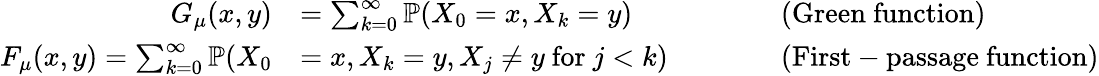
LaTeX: \begin{array}{rlrl}{G_{\mu}(x,y)}&{=\sum_{k=0}^{\infty}\mathbb{P}(X_{0}=x,X_{k}=y)}&{\qquad}&{\mathrm{(Green~function)}}\\ {F_{\mu}(x,y)=\sum_{k=0}^{\infty}\mathbb{P}(X_{0}}&{=x,X_{k}=y,X_{j}\ne y\mathrm{~for~}j<k)}&{\quad}&{\mathrm{(First-passage~function)}}\end{array}